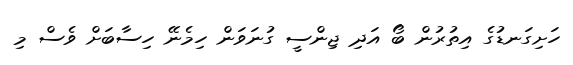
ހަށިގަނޑުގެ އިތުރުން ބޯ އަދި ޖިންސީ ގުނަވަން ހިމެނޭ ހިސާބަށް ވެސް މި